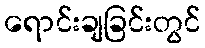
ရောင်းချခြင်းတွင်